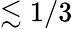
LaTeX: \lesssim 1/3